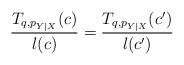
LaTeX: \begin{align*}\dfrac{T_{q,p_{Y|X}}(c)}{l(c)}=\dfrac{T_{q,p_{Y|X}}(c')}{l(c')} \end{align*}